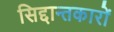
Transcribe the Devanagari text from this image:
सिद्दान्तकारों